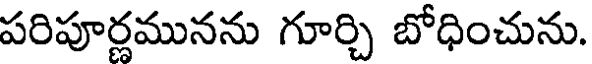
పరిపూర్ణమునను గూర్చి బోధించును.